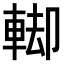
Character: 𨌞